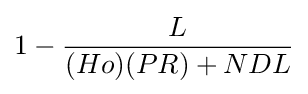
1-{\frac {L}{{(Ho)}{(PR)}+{NDL}}}